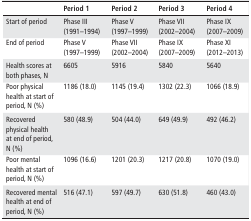
|  | Period 1 | Period 2 | Period 3 | Period 4 |
 | --- | --- | --- | --- | --- |
 | Start of period | Phase III (1991–1994) | Phase V (1997–1999) | Phase VII (2002–2004) | Phase IX (2007–2009) |
 | End of period | Phase V (1997–1999) | Phase VII (2002–2004) | Phase IX (2007–2009) | Phase XI (2012–2013) |
 | Health scores at both phases, N | 6605 | 5916 | 5840 | 5640 |
 | Poor physical health at start of period, N (%) | 1186 (18.0) | 1145 (19.4) | 1302 (22.3) | 1066 (18.9) |
 | Recovered physical health at end of period, N (%) | 580 (48.9) | 504 (44.0) | 649 (49.9) | 492 (46.2) |
 | Poor mental health at start of period, N (%) | 1096 (16.6) | 1201 (20.3) | 1217 (20.8) | 1070 (19.0) |
 | Recovered mental health at end of period, N (%) | 516 (47.1) | 597 (49.7) | 630 (51.8) | 460 (43.0) |